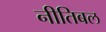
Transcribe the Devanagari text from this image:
नीतिबल